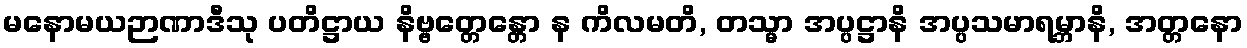
မနောမယဉာဏာဒီသု ပတိဋ္ဌာယ နိဗ္ဗတ္တေန္တော န ကိလမတိ, တသ္မာ အပ္ပဋ္ဌာနိ အပ္ပသမာရမ္ဘာနိ, အတ္တနော